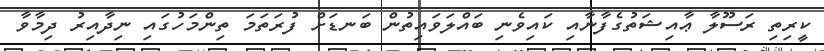
ކީރިތި ރަސޫލާ ޢާއިޝަތުގެފާނާއި ކައިވެނި ބައްލަވައިތުން ބަނޑަށް ފުރަތަމަ ތިންމަހުގައި ނިދާއިރު ދިމާވާ